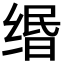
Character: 缗